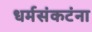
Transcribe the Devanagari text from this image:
धर्मसंकटंना